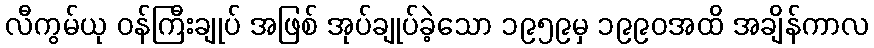
လီကွမ်ယု ဝန်ကြီးချုပ် အဖြစ် အုပ်ချုပ်ခဲ့သော ၁၉၅၉မှ ၁၉၉၀အထိ အချိန်ကာလ